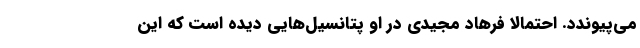
می‌پیوندد. احتمالاً فرهاد مجیدی در او پتانسیل‌هایی دیده است که این